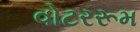
વોટરરૂમ